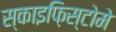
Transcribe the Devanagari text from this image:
स्काइफ़िस्टोमे